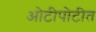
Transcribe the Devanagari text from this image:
ओटीपोटीत